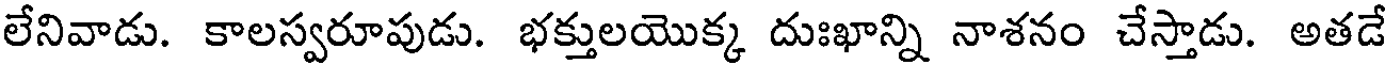
లేనివాడు. కాలస్వరూపుడు. భక్తులయొక్క దుఃఖాన్ని నాశనం చేస్తాడు. అతడే